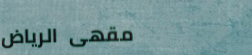
مقهى الرياض